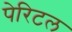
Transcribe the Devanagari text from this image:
पेरिटल